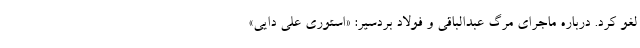
لغو کرد. درباره ماجرای مرگ عبدالباقی و فولاد بردسیر: «استوری علی دایی»